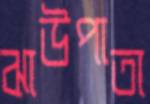
ঝাউপাতা